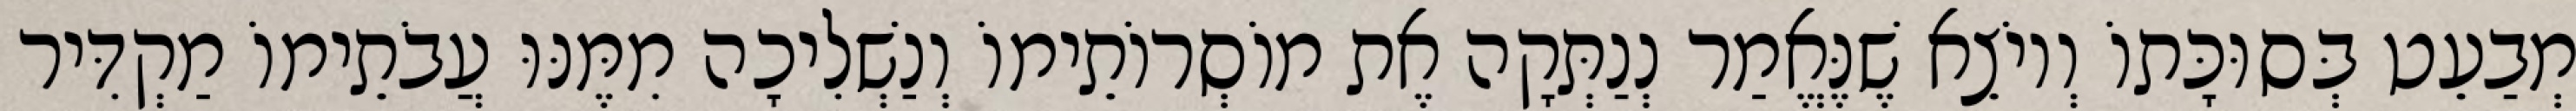
מְבַעֵט בְּסוּכָּתוֹ וְיוֹצֵא שֶׁנֶּאֱמַר נְנַתְּקָה אֶת מוֹסְרוֹתֵימוֹ וְנַשְׁלִיכָה מִמֶּנּוּ עֲבֹתֵימוֹ מַקְדִּיר